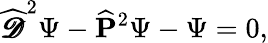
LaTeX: {\widehat{\pmb{\mathscr{D}}}}^{2}\Psi-{\widehat{\mathbf P}}^{2}\Psi-\Psi=0,